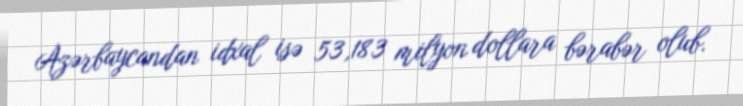
Azərbaycandan idxal isə 53,183 milyon dollara bərabər olub.